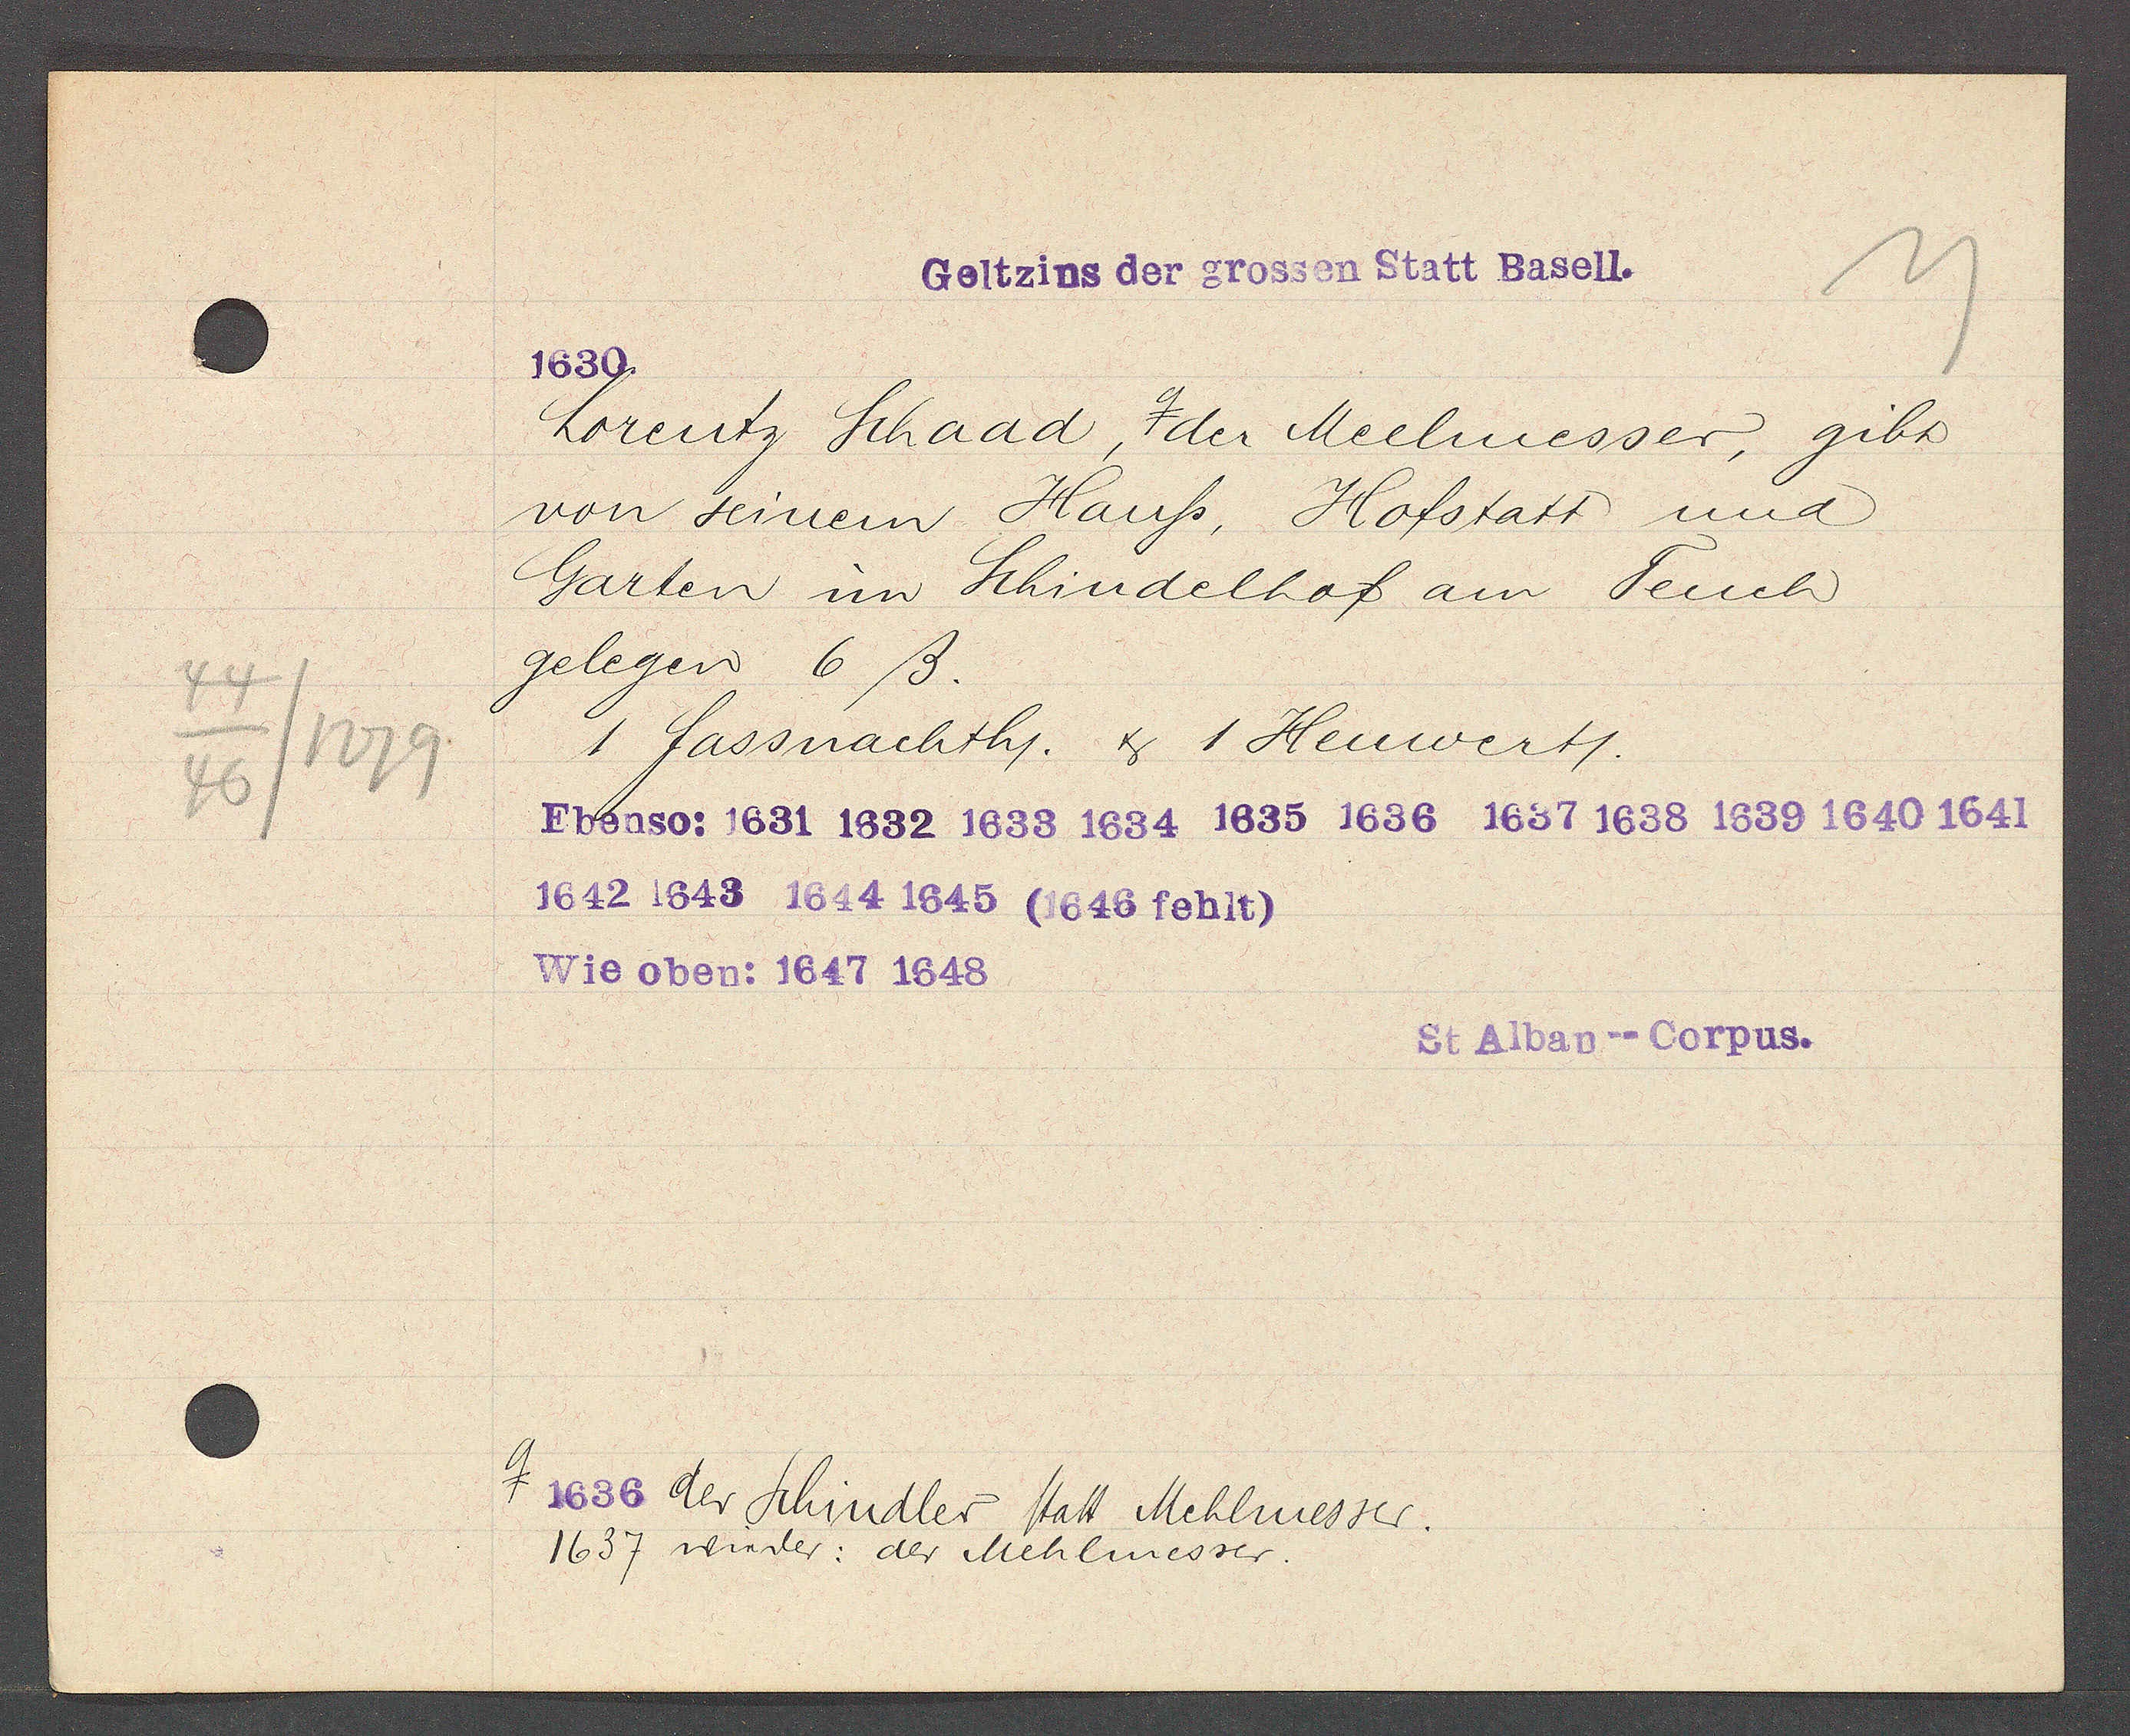
Transcript:
44
1279
46

1630.

1636 der Schindler statt Mehlmesser.
1637 wieder: der Mehlmesser.

Geltzins der grossen Statt Basell.

Lorentz Schaad, der Meelmesser, gibt
von seinem Haußs, Hofstatt und
Garten im Schindelhof am Teuch
gelegen 6 ß.
1 fassnachth. & 1 Heuwertt.
Ebenso: 1631 1632 1633 1634 1635 1636 1637 1638 1639 1640 1641
1642 1643 1644 1645 (1646 fehlt)
Wie oben: 1647 1648

St Alban--Corpus.